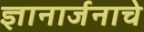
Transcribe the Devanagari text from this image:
ज्ञानार्जनाचे